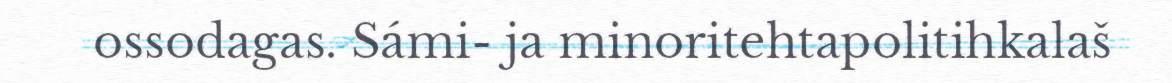
ossodagas. Sámi- ja minoritehtapolitihkalaš